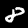
Label: 8